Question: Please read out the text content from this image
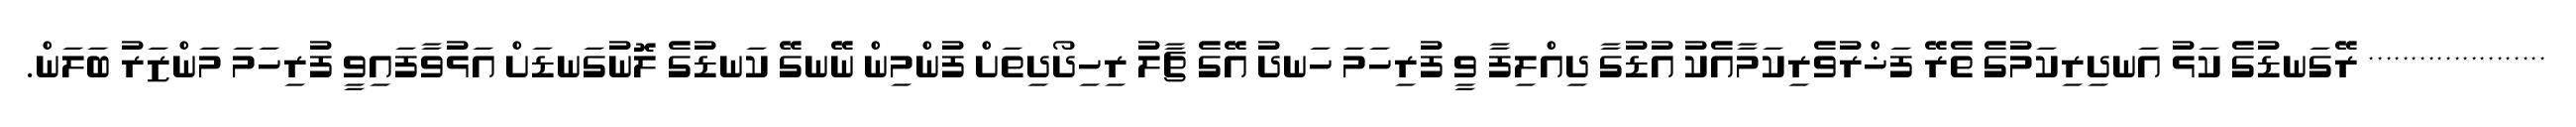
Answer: ********************* ރޭގަނޑުގެ ކަޅު އަނދިރިކަމުގެ ތެރޭ ފަޚްރުވެރިކަމާއެކު އުޑުގާ ދިއްލިފާ ވީ ފުރިހަމަ ހަނދު އޭގެ ޗާލު ރިހިދޯދިތަށް ފުންމިން ނޭނގޭ ކަނޑުގެ ލޮނުގަނޑަށް އަޅުވާފައިވީ ފުރިހަމަ މަންޒަރު ބަލަން.